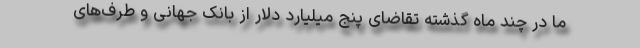
ما در چند ماه گذشته تقاضای پنج میلیارد دلار از بانک جهانی و طرف‌های